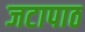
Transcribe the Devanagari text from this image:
जटापाठ